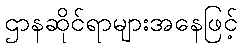
ဌာနဆိုင်ရာများအနေဖြင့်